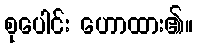
စုပေါင်း ဟောထား၏။